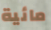
مائية